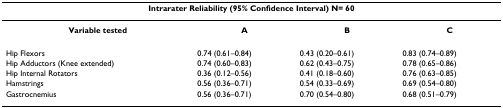
<table><thead><tr><td colspan="4"><b>Intrarater Reliability (95% Confidence Interval) N= 60</b></td></tr></thead><tbody><tr><td><b>Variable tested</b></td><td><b>A</b></td><td><b>B</b></td><td><b>C</b></td></tr><tr><td>Hip Flexors</td><td>0.74 (0.61–0.84)</td><td>0.43 (0.20–0.61)</td><td>0.83 (0.74–0.89)</td></tr><tr><td>Hip Adductors (Knee extended)</td><td>0.74 (0.60–0.83)</td><td>0.62 (0.43–0.75)</td><td>0.78 (0.65–0.86)</td></tr><tr><td>Hip Internal Rotators</td><td>0.36 (0.12–0.56)</td><td>0.41 (0.18–0.60)</td><td>0.76 (0.63–0.85)</td></tr><tr><td>Hamstrings</td><td>0.56 (0.36–0.71)</td><td>0.54 (0.33–0.69)</td><td>0.69 (0.54–0.80)</td></tr><tr><td>Gastrocnemius</td><td>0.56 (0.36–0.71)</td><td>0.70 (0.54–0.80)</td><td>0.68 (0.51–0.79)</td></tr></tbody></table>